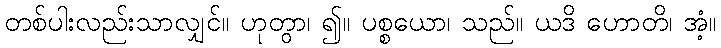
တစ်ပါးလည်းသာလျှင်။ ဟုတွာ၊ ၍။ ပစ္စယော၊ သည်။ ယဒိ ဟောတိ၊ အံ့။